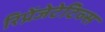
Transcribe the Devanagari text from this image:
रिप्रेंजेटेटिव्स